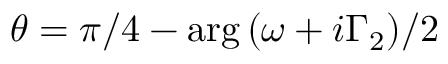
\theta = { \pi } / 4 - \arg { \left( \omega + i \Gamma _ { 2 } \right) } / 2